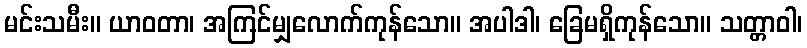
မင်းသမီး။ ယာဝတာ၊ အကြင်မျှလောက်ကုန်သော။ အပါဒါ၊ ခြေမရှိကုန်သော။ သတ္တာဝါ၊